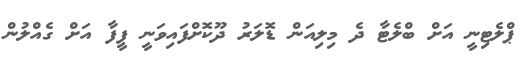
ޕްލެޓިނީ އަށް ބްލެޓާ ދެ މިލިއަން ޑޮލަރު ދޫކޮށްފައިވަނީ ފީފާ އަށް ގެއްލުން